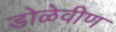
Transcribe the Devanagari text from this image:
डोळेवीण